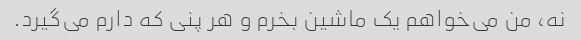
نه، من می‌خواهم یک ماشین بخرم و هر پنی که دارم می‌گیرد.